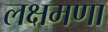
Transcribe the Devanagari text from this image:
लक्षमणा